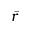
\bar { r }